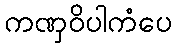
ကဏှဝိပါကံပေ